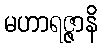
မဟာရဇ္ဇာနိ